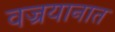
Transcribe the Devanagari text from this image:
वज्रयानात